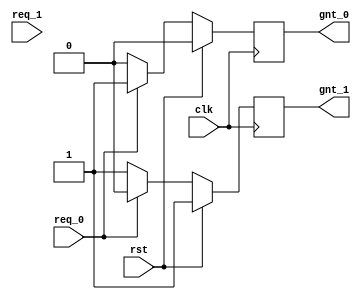
module arbiter(clk, rst, req_0, req_1, gnt_0, gnt_1);
  input clk;
  input rst;
  input req_0;
  input req_1;
  output gnt_0;
  output gnt_1;
  
  reg gnt_0, gnt_1;
  
  always @ (posedge clk) begin
  
    if (rst) begin
      gnt_0 <= 0;
      gnt_1 <= 1;
    end else if (req_0) begin
      gnt_0 <= 1;
      gnt_1 <= 0;
    end else if (req_1) begin
      gnt_0 <= 0;
      gnt_1 <= 1;
      end else begin
       gnt_0 <= 0;
       gnt_1 <= 1;
    end 
  end

endmodule